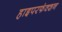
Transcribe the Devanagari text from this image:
हाइपरफंक्शन